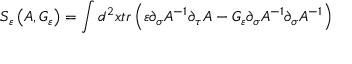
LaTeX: { \cal S } _ { \varepsilon } \left( A , { \cal G } _ { \varepsilon } \right) = \int d ^ { 2 } x t r \left( \varepsilon \partial _ { \sigma } A ^ { - 1 } \partial _ { \tau } A - { \cal G } _ { \varepsilon } \partial _ { \sigma } A ^ { - 1 } \partial _ { \sigma } A ^ { - 1 } \right)